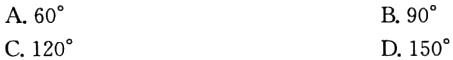
A. \(60^{\circ}\)

B. \(90^{\circ}\)

C. \(120^{\circ}\)

D. \(150^{\circ}\)